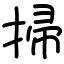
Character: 掃